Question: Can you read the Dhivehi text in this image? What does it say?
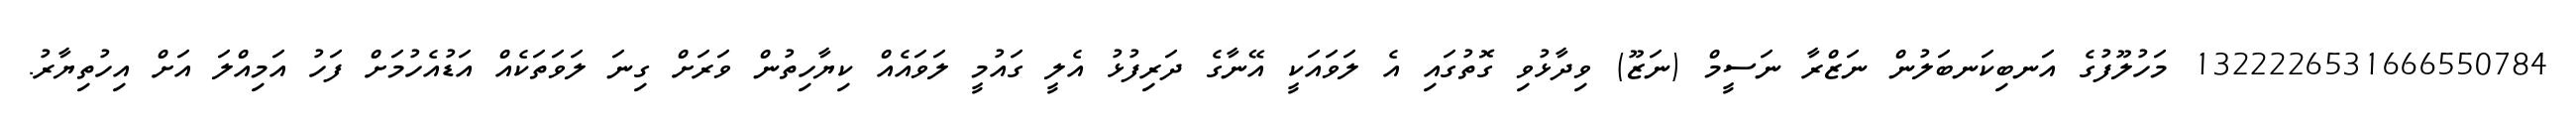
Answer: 1322226531666550784 މަހުލޫފުގެ އަނބިކަނބަލުން ނަޒްރާ ނަސީމް (ނަޒޫ) ވިދާޅުވި ގޮތުގައި އެ ލަވައަކީ އޭނާގެ ދަރިފުޅު އެލީ ގައުމީ ލަވައެއް ކިޔާހިތުން ވަރަށް ގިނަ ލަވަތަކެއް އަޑުއެހުމަށް ފަހު އަމިއްލަ އަށް އިހުތިޔާރު.